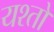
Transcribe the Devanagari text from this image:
यश्तों